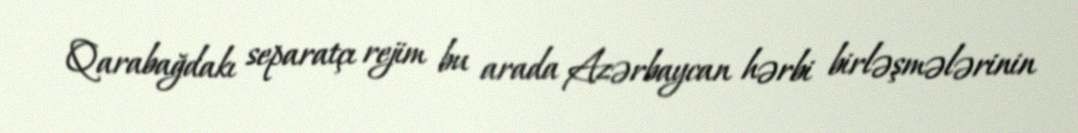
Qarabağdakı separatçı rejim bu arada Azərbaycan hərbi birləşmələrinin